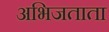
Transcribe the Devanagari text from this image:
अभिजताता